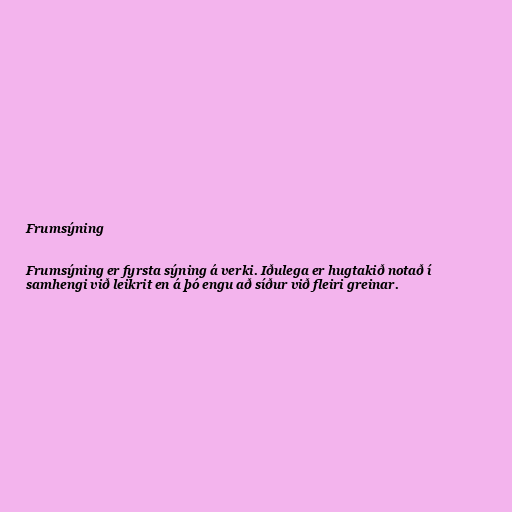
Frumsýning

Frumsýning er fyrsta sýning á verki. Iðulega er hugtakið notað í
samhengi við leikrit en á þó engu að síður við fleiri greinar.